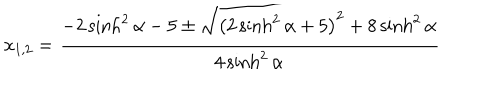
x _ { 1 , 2 } = \frac { - 2 \sinh ^ { 2 } \alpha - 5 \pm \sqrt { \left( 2 \sinh ^ { 2 } { \alpha } + 5 \right) ^ { 2 } + 8 \sinh ^ { 2 } { \alpha } } } { 4 \sinh ^ { 2 } { \alpha } }